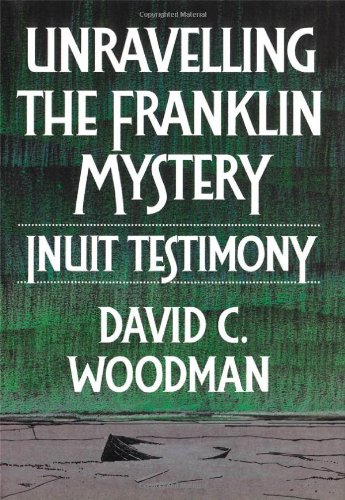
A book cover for Unravelling the Franklin Mystery: Inuit Testimony (McGill-Queen's Native and Northern Series); David Woodman; Travel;